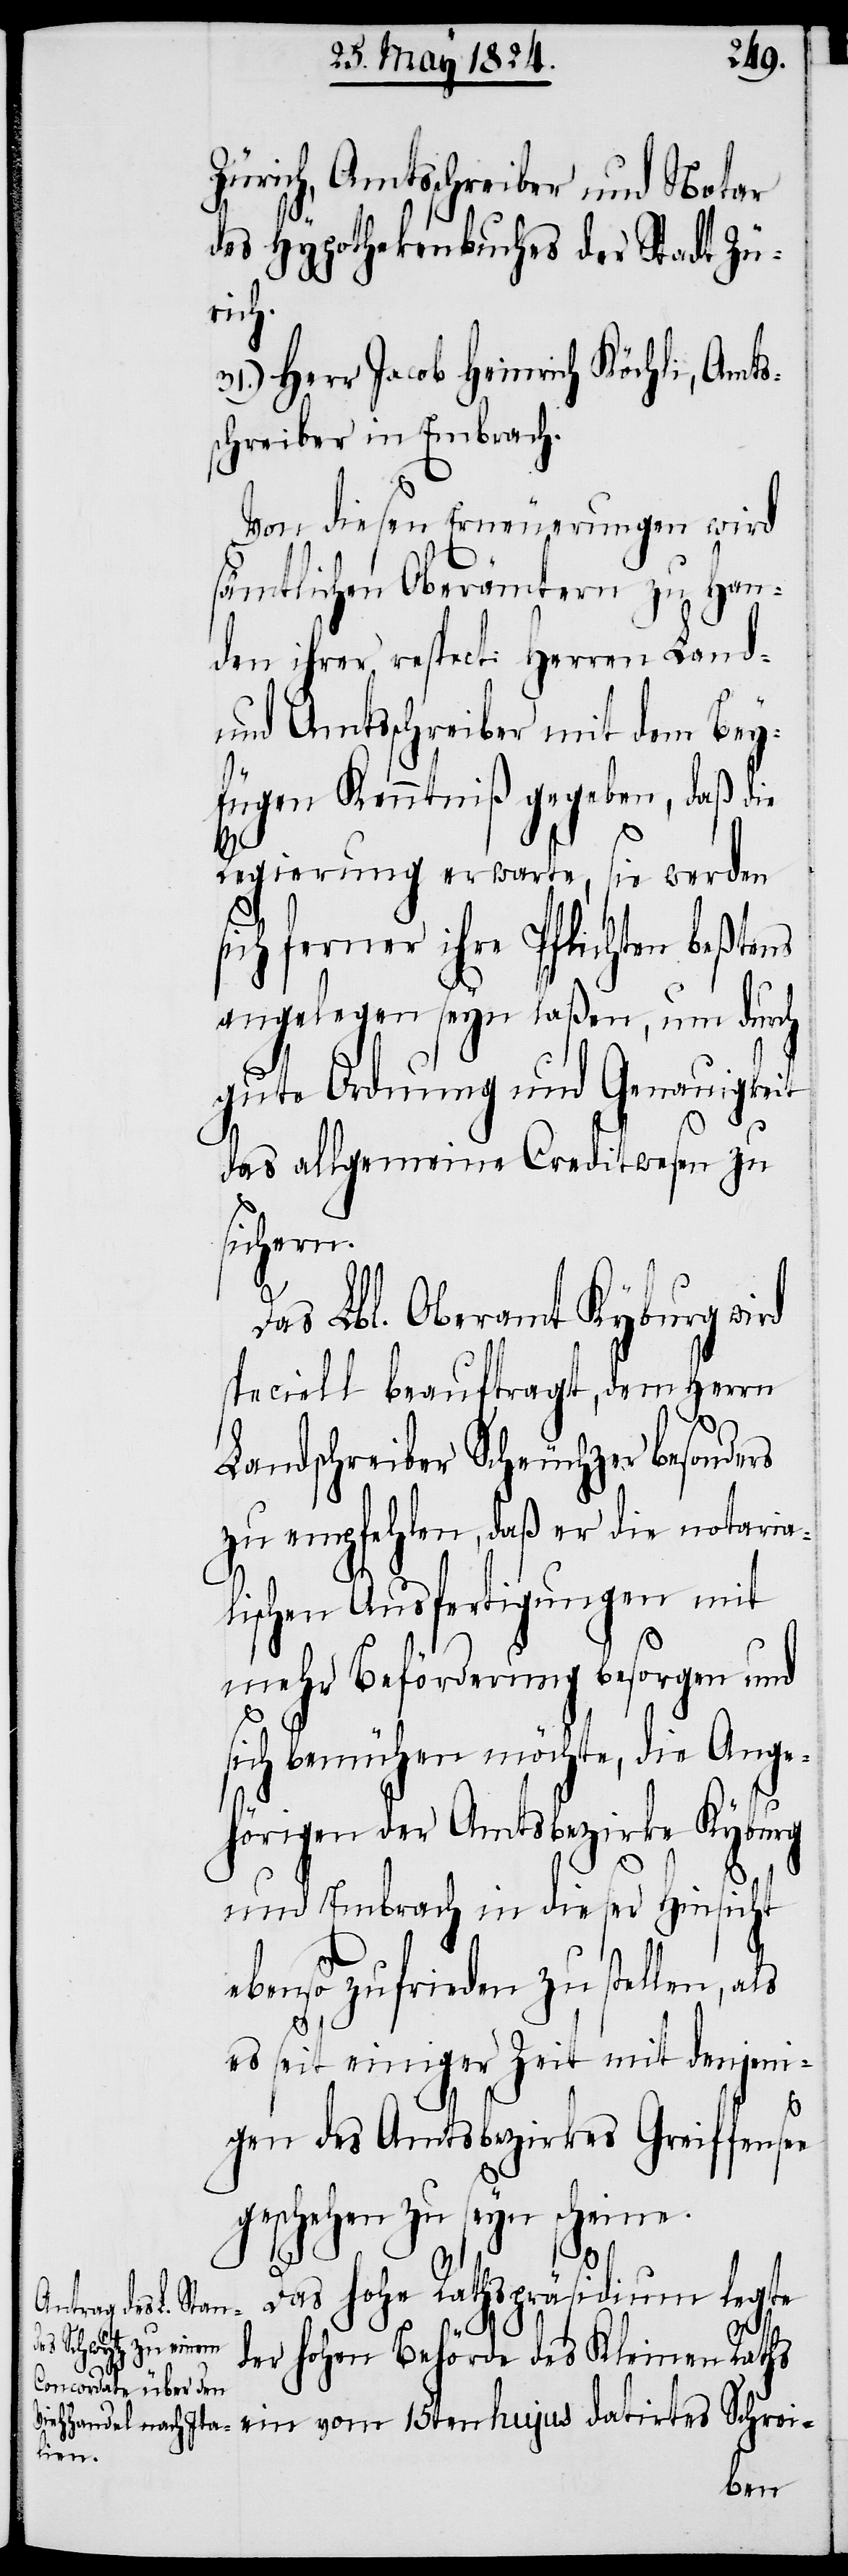
Zürich, Amtsschreiber und Notar
des Hypothekenbuches der Stadt Zü¬
rich.
31.) Herr Jacob Heinrich Köchli, Amts¬
schreiber in Embrach.
Von diesen Erneuerungen wird
sämtlichen Oberämtern zu Han¬
den ihrer respecti Herren Land-
und Amtsschreiber mit dem Bey¬
fügen Kenntniß gegeben, daß die
Regierung erwarte, sie werden
sich ferner ihre Pflichten beßtens
angelegen seyn laßen, um durch
gute Ordnung und Genauigkeit
das allgemeine Creditwesen zu
sichern.
Das Lbl. Oberamt Kyburg wird
speciell beauftragt, dem Herrn
Landschreiber Scheuchzer besonders
zu empfehlen, daß er die notarial¬
ischen Ausfertigungen mit
mehr Beförderung besorgen und
sich bemühen möchte, die Ange¬
hörigen der Amtsbezirke Kyburg
und Embrach in dieser Hinsicht
ebenso zufrieden zu stellen, als
es seit einiger Zeit mit denjeni¬
gen des Amtsbezirkes Greiffensee
geschehen zu seyn scheine.
Das hohe Rathspräsidium legte
der hohen Behörde des Kleinen Raths
15ten